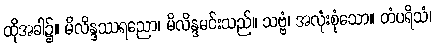
ထိုအခါ၌။ မိလိန္ဒဿရညော၊ မိလိန္ဒမင်းသည်။ သဗ္ဗံ၊ အလုံးစုံသော။ တံပရိသံ၊